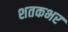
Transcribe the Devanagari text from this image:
शतकभर